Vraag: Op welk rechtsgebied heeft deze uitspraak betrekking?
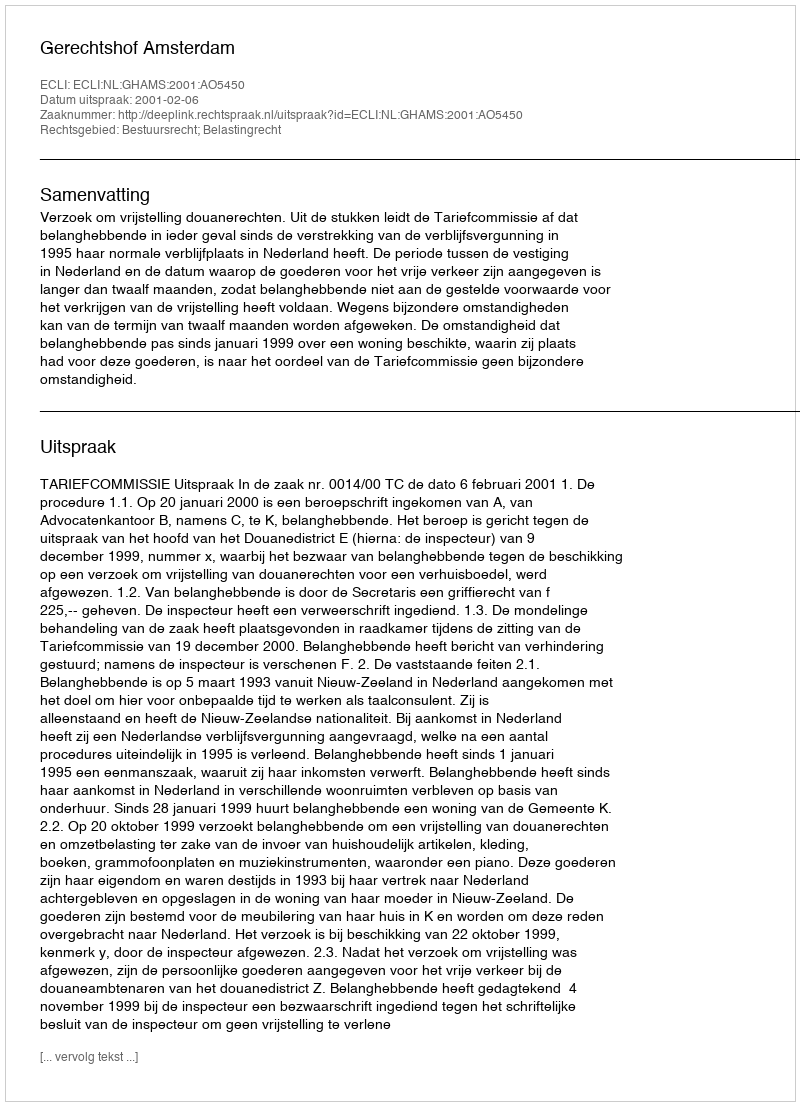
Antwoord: Bestuursrecht; Belastingrecht